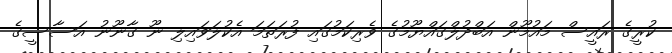
ކުރީގެ ރައީސް މައުމޫން އަބްދުލްގައްޔޫމުގެ ވެރިކަމުގައި ފުރަތަމަ އެކުލަވައިލި ނޫ ގާނޫނު އަސާސީގެ